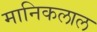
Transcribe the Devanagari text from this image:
मानिकलाल